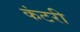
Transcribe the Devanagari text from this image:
कंटरी